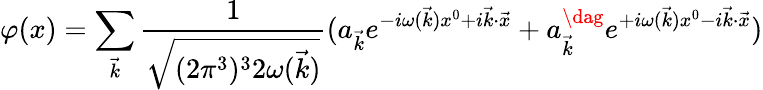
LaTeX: \varphi(x)=\sum_{{\vec{k}}}{\frac{1}{\sqrt{(2\pi^{3})^{3}2\omega({\vec{k}})}}}(a_{{\vec{k}}}e^{-i\omega({\vec{k}})x^{0}+i{\vec{k}}\cdot{\vec{x}}}+a_{{\vec{k}}}^{\dag}e^{+i\omega({\vec{k}})x^{0}-i{\vec{k}}\cdot{\vec{x}}})